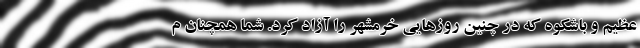
عظیم و باشکوه که در چنین روزهایی خرمشهر را آزاد کرد. شما همچنان م